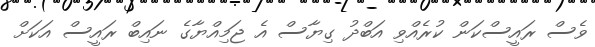
ވެސް ރައީސްކަން ކުރެއްވި އަބްދު ގިޔާސް އެ ޖަމިއްޔާގެ ނައިބް ރައީސް އަކަށް